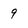
Character: 9